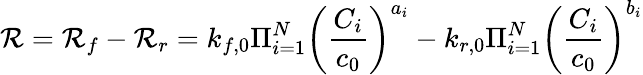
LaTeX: \mathcal{R}=\mathcal{R}_{f}-\mathcal{R}_{r}=k_{f,0}\Pi_{i=1}^{N}\left(\frac{C_{i}}{c_{0}}\right)^{a_{i}}-k_{r,0}\Pi_{i=1}^{N}\left(\frac{C_{i}}{c_{0}}\right)^{b_{i}}